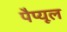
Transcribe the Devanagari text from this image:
पैप्यूल